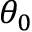
\theta _ { 0 }